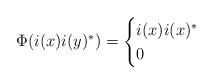
\begin{align*}\Phi(i(x)i(y)^*) = \begin{cases} i(x)i(x)^* & \\0& \end{cases}\end{align*}